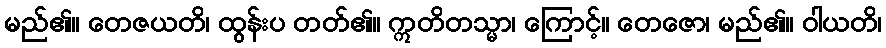
မည်၏။ တေဇယတိ၊ ထွန်းပ တတ်၏။ ဣတိတသ္မာ၊ ကြောင့်။ တေဇော၊ မည်၏။ ဝါယတိ၊